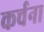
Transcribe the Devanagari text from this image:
कर्चना